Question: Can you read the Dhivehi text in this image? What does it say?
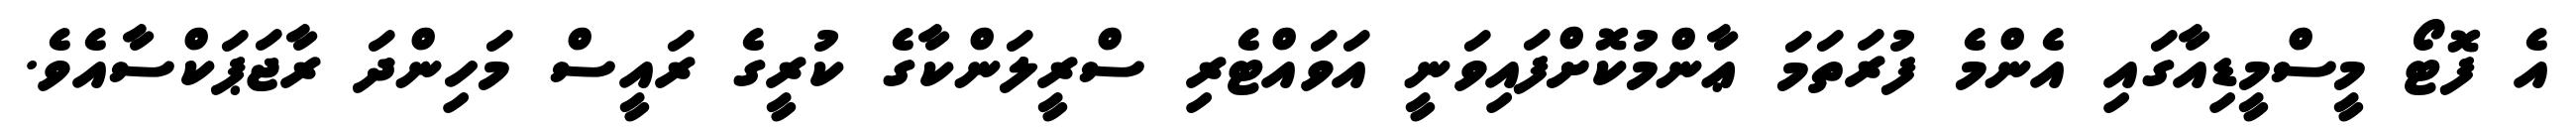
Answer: އެ ފޮޓޯ މީސްމީޑިއާގައި އެންމެ ފުރަތަމަ ޢާންމުކޮށްފައިވަނީ އަވައްޓެރި ސްރީލަންކާގެ ކުރީގެ ރައީސް މަހިންދަ ރާޖަޕަކްސާއެވެ.